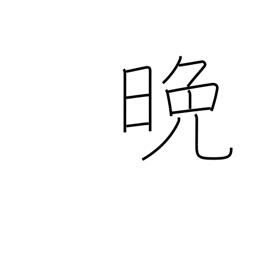
Meaning: night